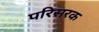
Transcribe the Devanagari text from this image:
परिसरक